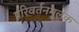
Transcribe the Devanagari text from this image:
परिवर्तनमूलक